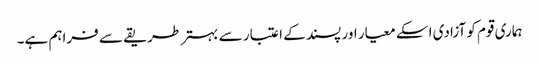
ہماری قوم کو آزادی اسکے معیار اور پسند کے اعتبار سے بہتر طریقے سے فراہم ہے۔